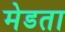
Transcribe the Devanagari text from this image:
मेडता